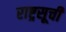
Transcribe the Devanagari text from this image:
राष्ट्रसूची